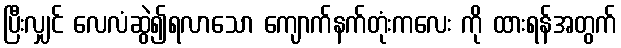
ပြီးလျှင် လေလံဆွဲ၍ရလာသော ကျောက်နက်တုံးကလေး ကို ထားရန်အတွက်